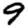
Digit: 9